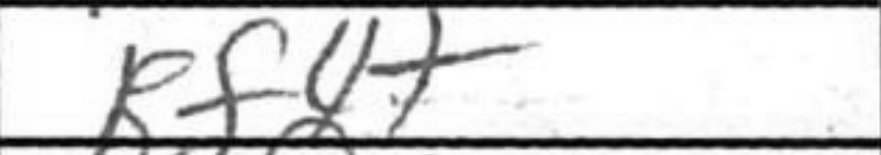
Transcription: Rf4+